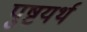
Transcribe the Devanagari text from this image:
पुष्टयर्थ